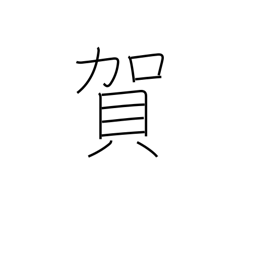
Meaning: congratulations